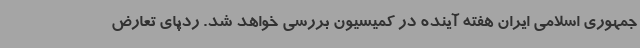
جمهوری اسلامی ایران هفته آینده در کمیسیون بررسی خواهد شد. ردپای تعارض